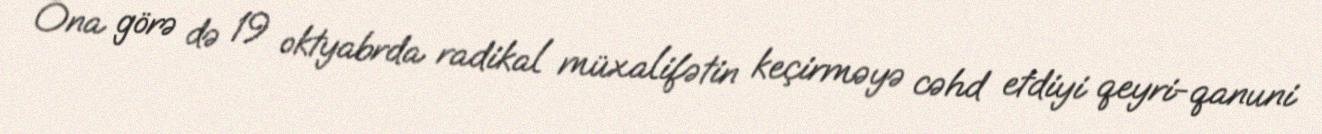
Ona görə də 19 oktyabrda radikal müxalifətin keçirməyə cəhd etdiyi qeyri-qanuni